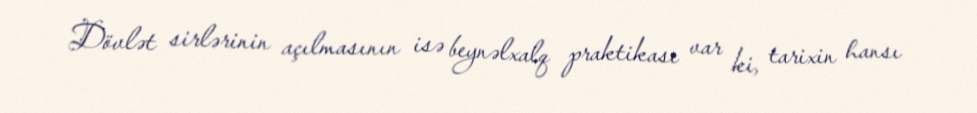
Dövlət sirlərinin açılmasının isə beynəlxalq praktikası var ki, tarixin hansı